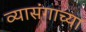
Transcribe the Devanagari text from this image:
व्यासंगाच्या